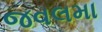
જવલમા